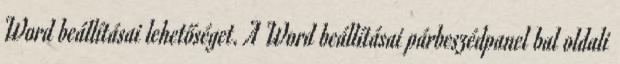
Word beállításai lehetőséget. A Word beállításai párbeszédpanel bal oldali